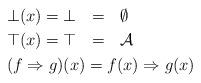
LaTeX: \begin{align*}& & \mbox{\;} \\& \bot(x) = \bot \ \ = \ \ \emptyset \\& \top(x) = \top \ \ = \ \ \mathcal{A} \\& (f \Rightarrow g)(x) = f(x)\Rightarrow g(x) \end{align*}